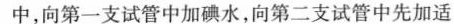
中，向第一支试管中加碘水，向第二支试管中先加适